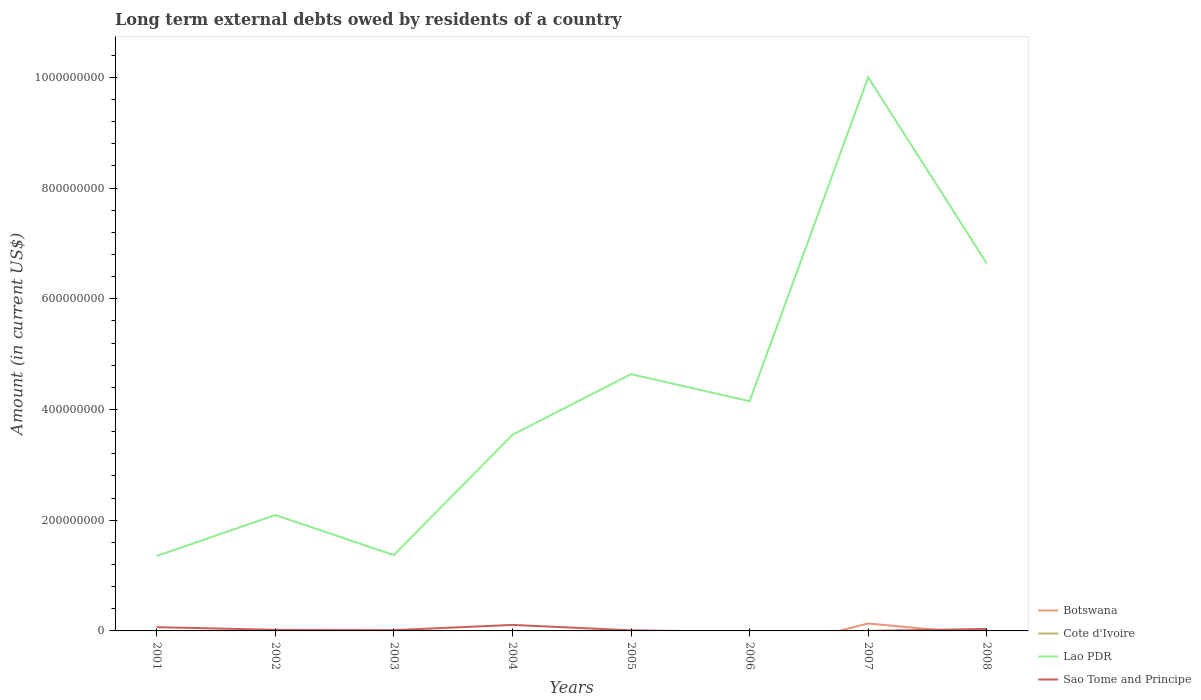
| Years | Botswana | Cote d'Ivoire | Lao PDR | Sao Tome and Principe |
 | --- | --- | --- | --- | --- |
 | 2001 | -3.19e+07 | -2.89e+08 | 1.35e+08 | 6.73e+06 |
 | 2002 | -4.28e+07 | -2.12e+08 | 2.09e+08 | 2.02e+06 |
 | 2003 | -2.46e+07 | -2.67e+08 | 1.37e+08 | 1.4e+06 |
 | 2004 | -1.47e+07 | -1.43e+08 | 3.54e+08 | 1.08e+07 |
 | 2005 | -2.98e+07 | -1.08e+08 | 4.64e+08 | 1.11e+06 |
 | 2006 | -4.04e+07 | -4.44e+07 | 4.15e+08 | -1.8e+06 |
 | 2007 | 1.34e+07 | -2.21e+08 | 1e+09 | 1.7e+04 |
 | 2008 | -6.46e+06 | -4.72e+08 | 6.64e+08 | 3.61e+06 |